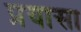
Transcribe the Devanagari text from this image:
प्रयासा